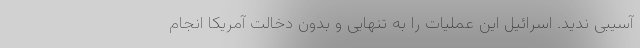
آسیبی ندید. اسرائیل این عملیات را به تنهایی و بدون دخالت آمریکا انجام